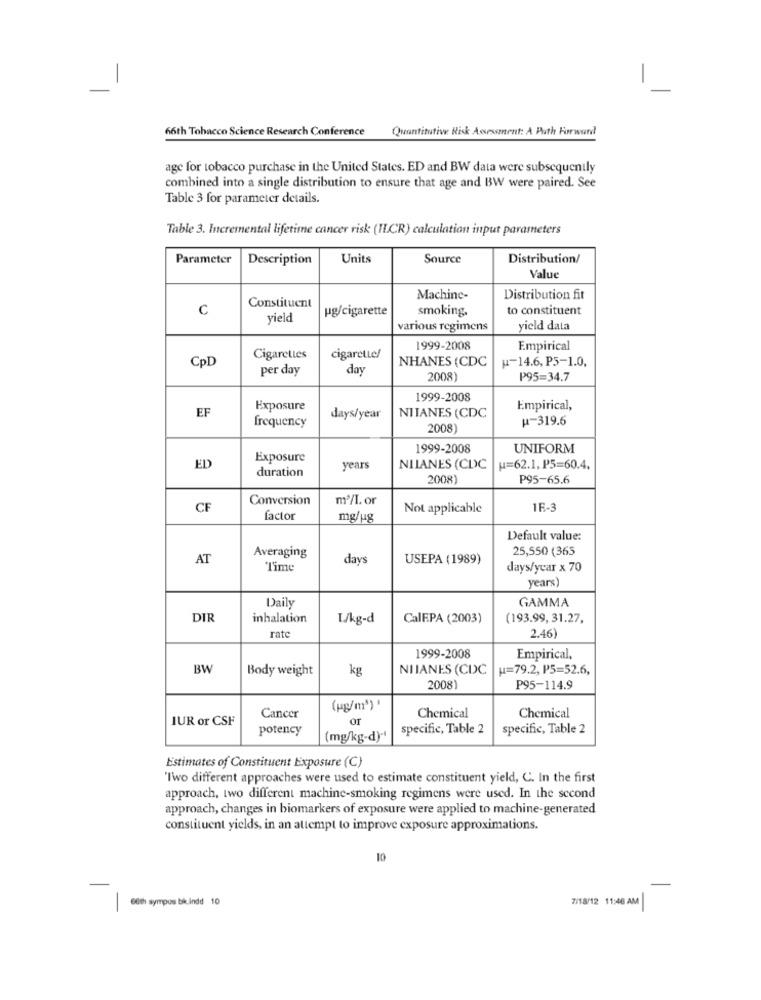
66th Tobacco Science Research Conference Quantitative Risk Assessment: A Path Forward
age for tobacco purchase in the United States. ED and BW data were subsequently
combined into a single distribution to ensure that age and BW were paired. See
Table 3 for parameter details.
Table 3. Incremental lifetime cancer risk (IL.CR) calculation input parameters
Parameter
Description
Units
Source
Distribution/
Value
Constituent
Machine-
Distribution fit
C
ug/cigarette
smoking,
to constituent
yield
various regimens
yield data
1999-2008
Empirical
Cigarettes
cigarette/
NHANES (CDC
H-14.6, P5-1.0,
CpD
per day
day
2008)
P95=34.7
1999-2008
EF
Exposure
Empirical,
frequency
days/year
NITANES (CDC
H-319.6
2008
1999-2008
UNIFORM
Exposure
ED
duration
years
NILANES (CDC
u=62.1. P5=60.4.
2008)
P95-65.6
Conversion
m3/I. or
CF
Not applicable
16-3
factor
mg/ug
Default value:
25,550 (365
AT
Averaging
days
USEPA (1989)
Time
days/year x 70
years)
GAMMA
Daily
DIR
inhalation
L/kg-d
CalEPA (2003)
(193.99, 31.27,
rate
2.46)
1999-2008
Empirical,
BW
Body weight
kg
NIIANES (CDC
"=79.2, P5=52.6,
20081
P95-114.9
(kg/m3) '
Chemical
Chemical
IUR or CSF
Cancer
or
potency
specific, Table 2
specific, Table 2
(mg/kg-d)-
Estimates of Constituent Exposure (C)
"Two different approaches were used to estimate constituent yield, C. In the first
approach, two different machine-smoking regimens were used. In the second
approach, changes in biomarkers of exposure were applied to machine-generated
constituent yields, in an attempt to improve exposure approximations.
10
7/18/12 11:46 AM
60th sympos bic indd 10